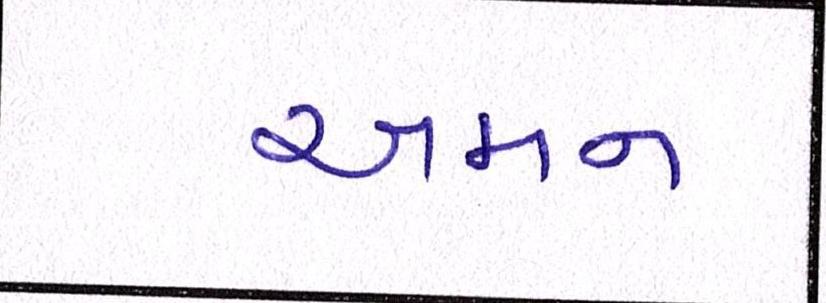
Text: અમન